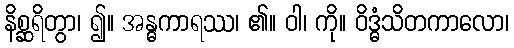
နိစ္ဆရိတွာ၊ ၍။ အန္ဓကာရဿ၊ ၏။ ဝါ၊ ကို။ ဝိဒ္ဓံသိတကာလော၊